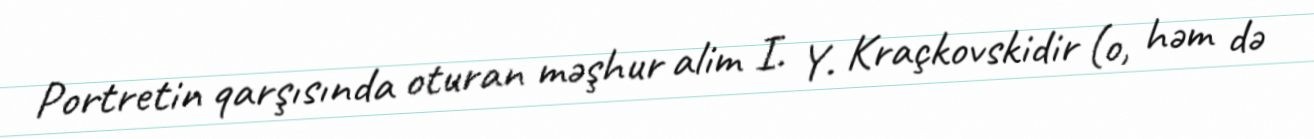
Portretin qarşısında oturan məşhur alim I. Y. Kraçkovskidir (o, həm də